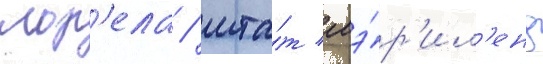
лор'ела / шта́т мэ́р'ил'енд